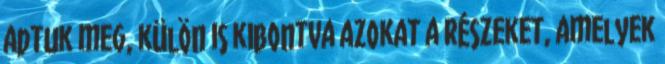
adtuk meg, külön is kibontva azokat a részeket, amelyek